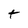
Character: t